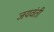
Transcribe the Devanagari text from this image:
जयवंती